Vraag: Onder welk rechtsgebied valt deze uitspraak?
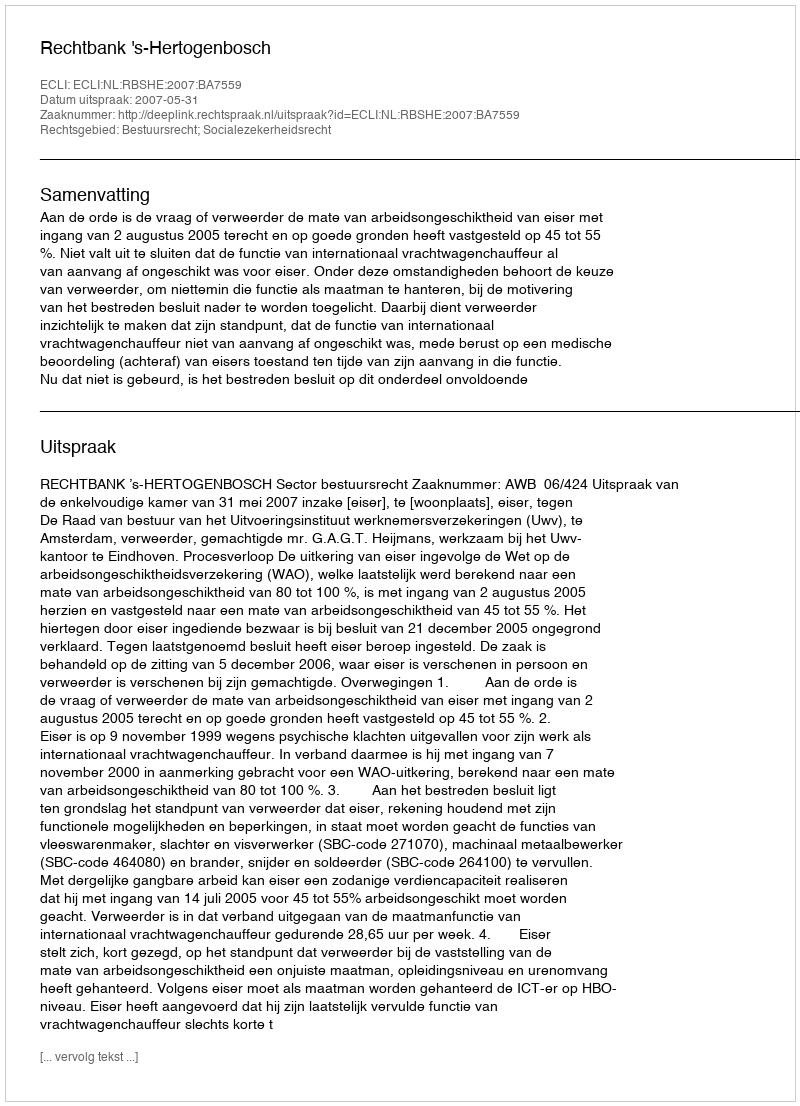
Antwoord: Bestuursrecht; Socialezekerheidsrecht